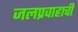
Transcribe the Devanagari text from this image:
जलप्रवाहाची